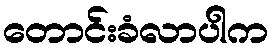
တောင်းခံလာပါက